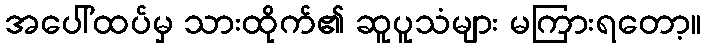
အပေါ်ထပ်မှ သားထိုက်၏ ဆူပူသံများ မကြားရတော့။